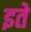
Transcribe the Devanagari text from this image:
इते